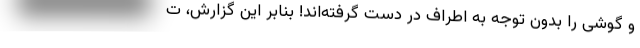
و گوشی را بدون توجه به اطراف در دست گرفته‌اند! بنابر این گزارش، ت